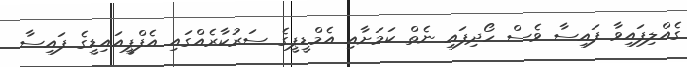
ގެއްލިފައިވާ ފައިސާ ވެސް ހޯދިފައި ނެތް ކަމަށާއި އެމްޑީޕީގެ ސަރުކާރެއްގައި އެފްޕީއައިޑީގެ ފައިސާ